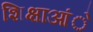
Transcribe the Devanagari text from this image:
शिक्षाआंे